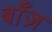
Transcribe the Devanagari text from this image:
बाँज़